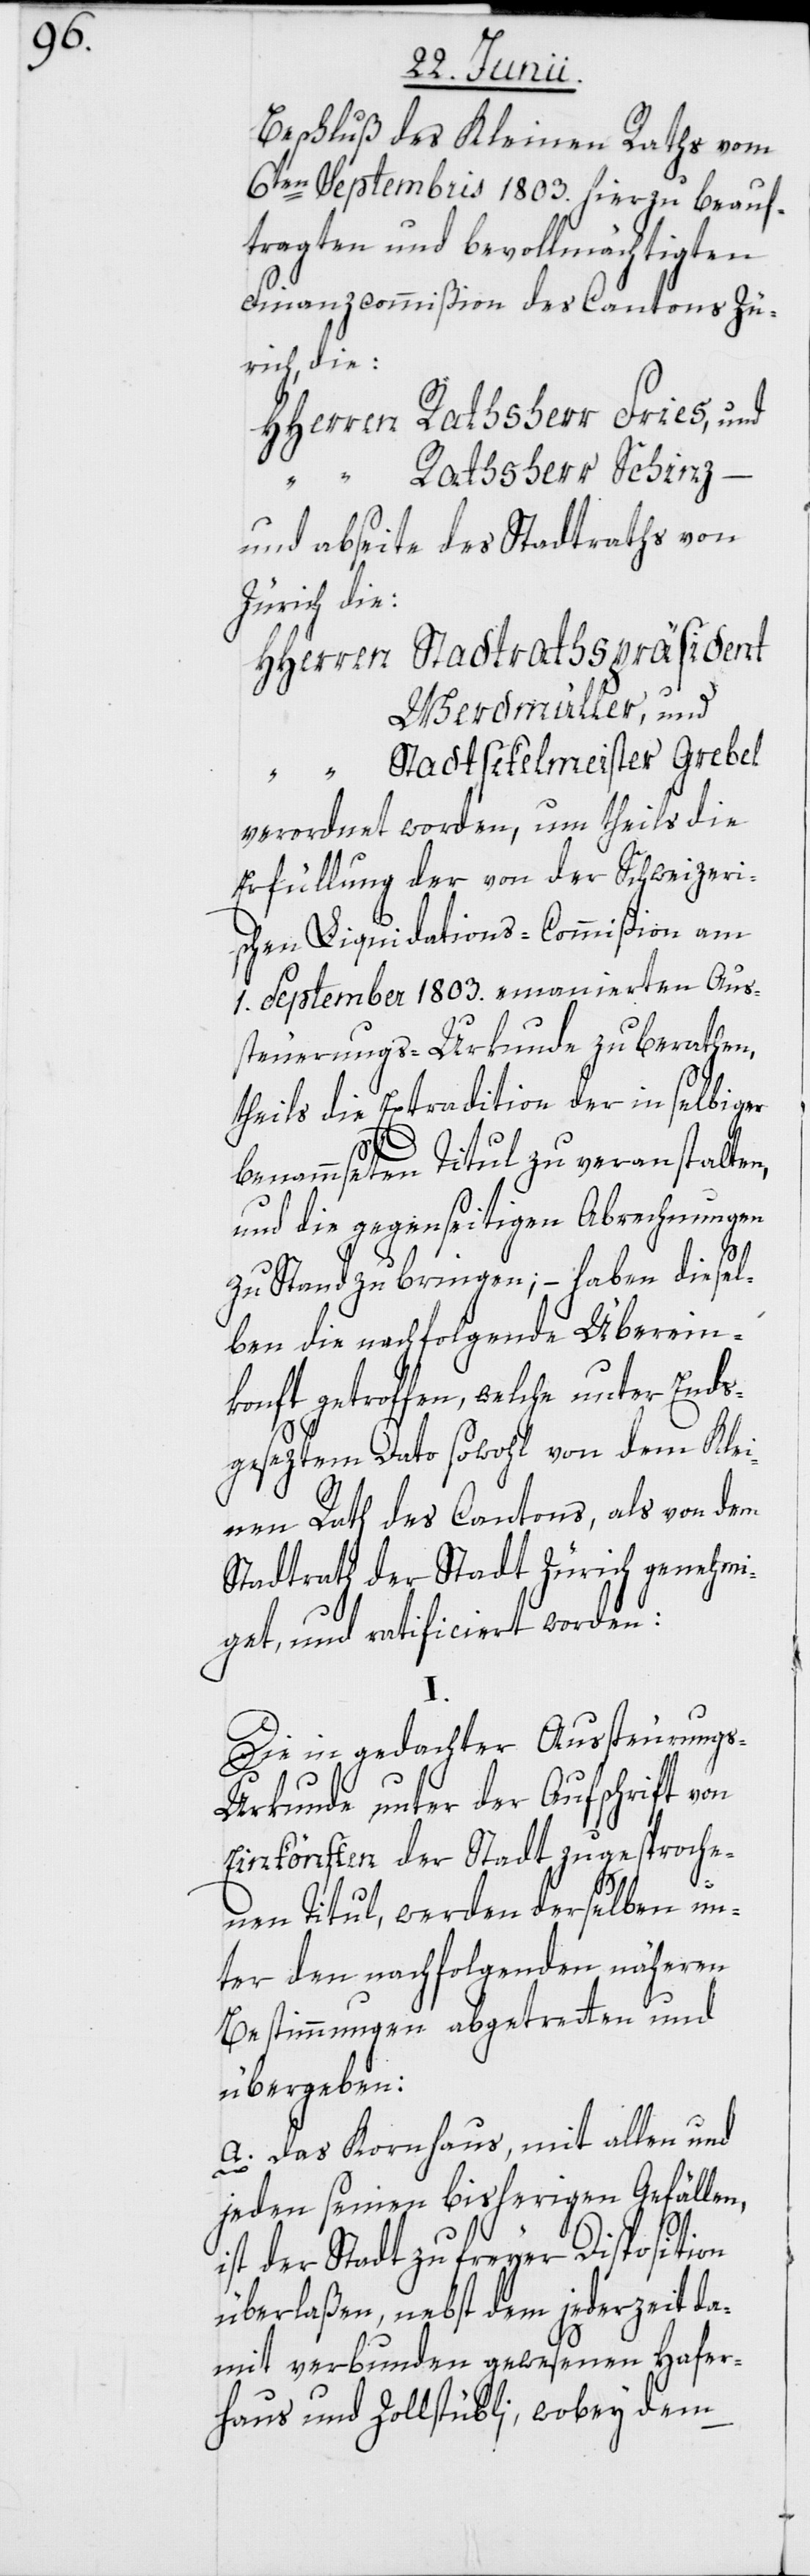
Beschluß des Kleinen Raths vom
6ten Septembris 1803. hierzu beauf¬
tragten und bevollmächtigten
Finanzcommißion des Cantons Zü¬
rich, die:
HHerren Rathsherr Fries, und
“ Rathsherr Schinz –
und abseite des Stadtraths von
Zürich die:
HHerren Stadtrathspräsident
Werdmüller, und
“ Stadtsekelmeister Grebel
verordnet worden, um theils die
Erfüllung der von der Schweizeri¬
schen Liquidations-Commißion am
1. September 1803. emanierten Aus¬
steuerungs-Urkunde zu berathen,
theils die Extradition der in selbiger
benammseten Titul zu veranstalten,
und die gegenseitigen Abrechnungen
zu Stand zu bringen; – haben diesel¬
ben die nachfolgende Überein¬
konft getroffen, welche unter Ends¬
geseztem Dato sowohl von dem Klei¬
nen Rath des Cantons, als von dem
Stadtrath der Stadt Zürich genehmi¬
get, und ratificiert worden:
Die in gedachter Aussteurung¬
s-Urkunde unter der Aufschrift von
Einkönften der Stadt zugesproche¬
nen Titul, werden derselben un¬
ter den nachfolgenden näheren
Bestimmungen abgetretten und
übergeben:
a. Das Kornhaus, mit allen und
jeden seinen bisherigen Gefällen,
ist der Stadt zu freyer Disposition
überlaßen, nebst dem jederzeit da¬
mit verbunden gewesenen Hafer¬
haus und Zollstübli, wobey dem